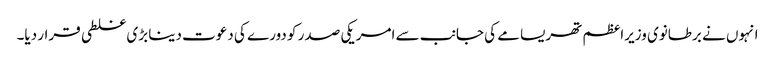
انہوں نے برطانوی وزیراعظم تھریسامے کی جانب سے امریکی صدر کو دورے کی دعوت دینا بڑی غلطی قرار دیا۔